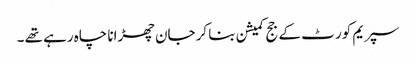
سپریم کور ٹ کے جج کمیشن بنا کر جان چھڑانا چاہ رہے تھے ۔